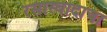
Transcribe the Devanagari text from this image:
रसास्वादाचा